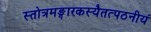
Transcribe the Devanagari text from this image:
स्तोत्रमङ्गारकस्यैतत्पठनीयं